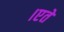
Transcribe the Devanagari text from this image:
।एते